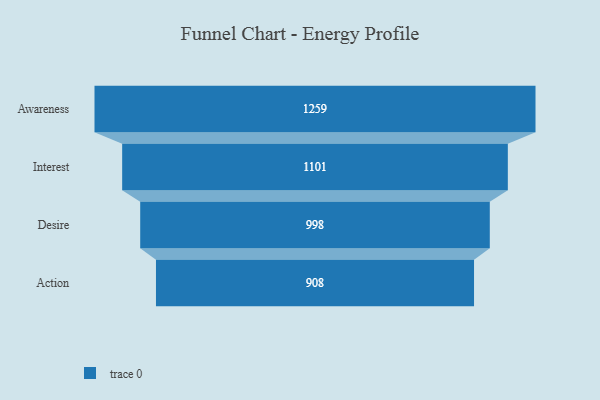
{"axis": {"x": "Stage", "y": "Value"}, "legend": [""], "data": [{"x": "Awareness", "y": 1259.0, "type": ""}, {"x": "Interest", "y": 1101.0, "type": ""}, {"x": "Desire", "y": 998.0, "type": ""}, {"x": "Action", "y": 908.0, "type": ""}]}